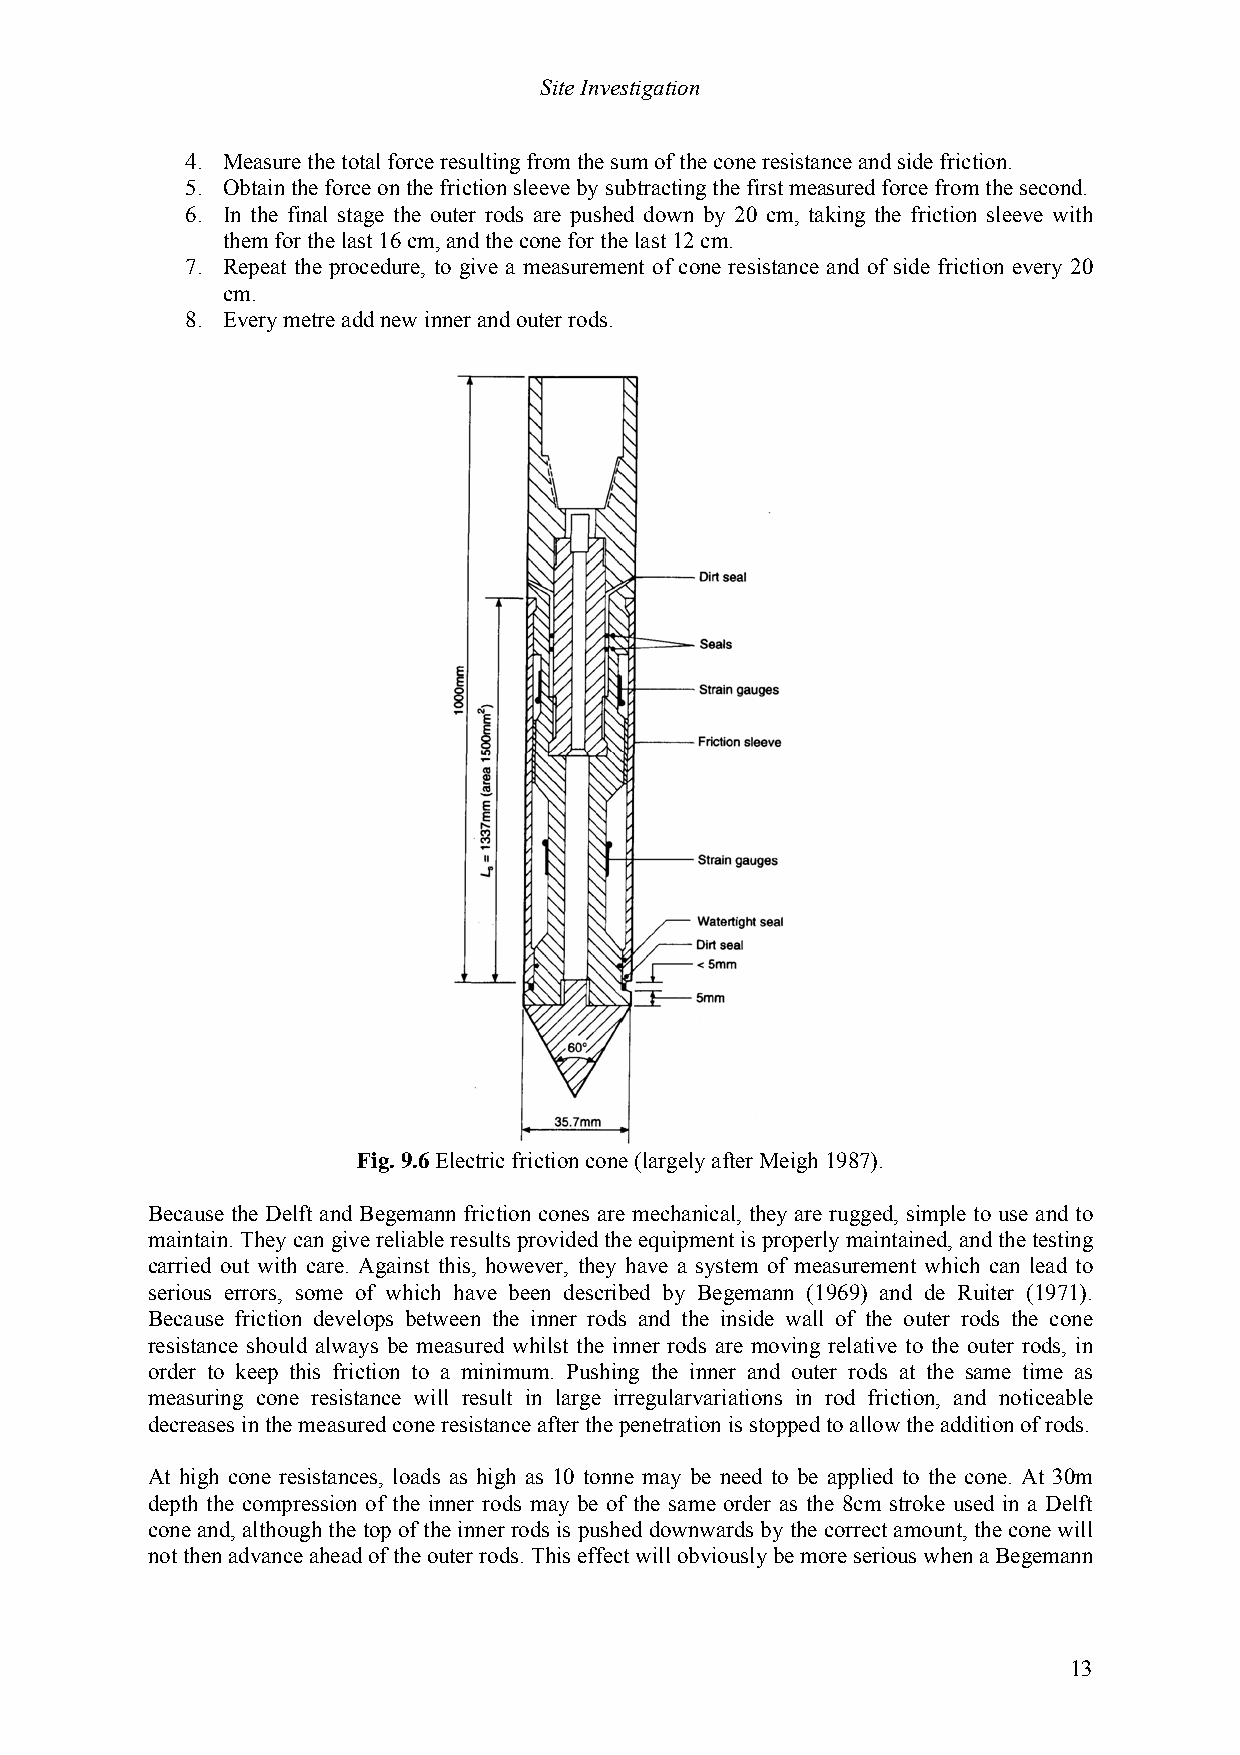
Site Investigation
 4. Measure the total force resulting from the sum of the cone resistance and side friction.
 5. Obtain the force on the friction sleeve by subtracting the first measured force from the second.
 6. In the final stage the outer rods are pushed down by 20 cm, taking the friction sleeve with
 them for the last 16 cm, and the cone for the last 12 cm.
 7. Repeat the procedure, to give a measurement of cone resistance and of side friction every 20
 cm.
 8. Every metre add new inner and outer rods.
 Fig. 9.6 Electric friction cone (largely after Meigh 1987).
 Because the Delft and Begemann friction cones are mechanical, they are rugged, simple to use and to
 maintain. They can give reliable results provided the equipment is properly maintained, and the testing
 carried out with care. Against this, however, they have a system of measurement which can lead to
 serious errors, some of which have been described by Begemann (1969) and de Ruiter (1971).
 Because friction develops between the inner rods and the inside wall of the outer rods the cone
 resistance should always be measured whilst the inner rods are moving relative to the outer rods, in
 order to keep this friction to a minimum. Pushing the inner and outer rods at the same time as
 measuring cone resistance will result in large irregularvariations in rod friction, and noticeable
 decreases in the measured cone resistance after the penetration is stopped to allow the addition of rods.
 At high cone resistances, loads as high as 10 tonne may be need to be applied to the cone. At 30m
 depth the compression of the inner rods may be of the same order as the 8cm stroke used in a Delft
 cone and, although the top of the inner rods is pushed downwards by the correct amount, the cone will
 not then advance ahead of the outer rods. This effect will obviously be more serious when a Begemann
 13